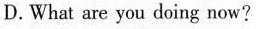
D.What are you doing now?